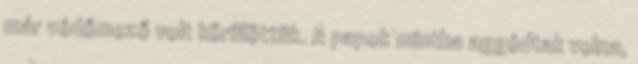
már védőmező volt körülöttük. A papok mintha aggódtak volna,